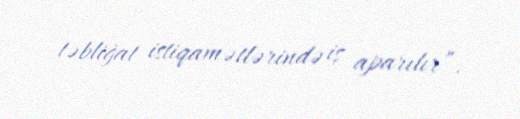
təbliğat istiqamətlərində iş aparılır”.